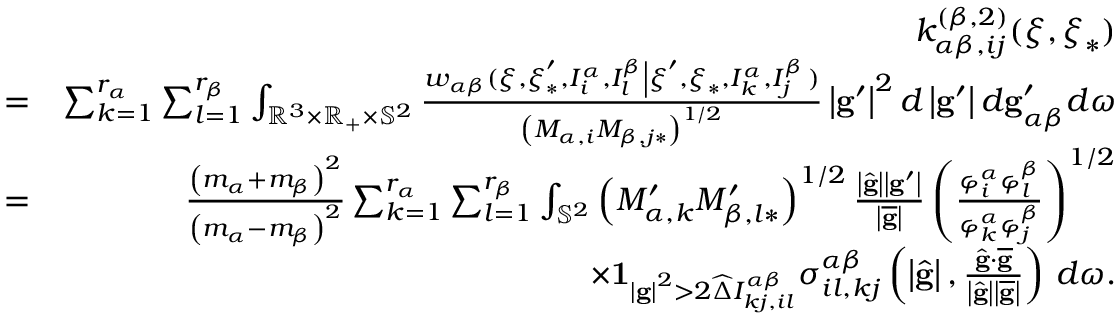
\begin{array} { r l r } & { } & { k _ { \alpha \beta , i j } ^ { \left( \beta , 2 \right) } ( \boldsymbol { \xi } , \boldsymbol { \xi } _ { \ast } ) } \\ & { = } & { \sum _ { k = 1 } ^ { r _ { \alpha } } \sum _ { l = 1 } ^ { r _ { \beta } } \int _ { \mathbb { R } ^ { 3 } \times \mathbb { R } _ { + } \times \mathbb { S } ^ { 2 } } \frac { w _ { \alpha \beta } ( \boldsymbol { \xi } , \boldsymbol { \xi } _ { \ast } ^ { \prime } , I _ { i } ^ { \alpha } , I _ { l } ^ { \beta } \left\vert \boldsymbol { \xi } ^ { \prime } , \boldsymbol { \xi } _ { \ast } , I _ { k } ^ { \alpha } , I _ { j } ^ { \beta } \right. ) } { \left( M _ { \alpha , i } M _ { \beta , j \ast } \right) ^ { 1 / 2 } } \left\vert \mathbf { g } ^ { \prime } \right\vert ^ { 2 } d \left\vert \mathbf { g } ^ { \prime } \right\vert d \mathbf { g } _ { \alpha \beta } ^ { \prime } d \boldsymbol { \omega } } \\ & { = } & { \frac { \left( m _ { \alpha } + m _ { \beta } \right) ^ { 2 } } { \left( m _ { \alpha } - m _ { \beta } \right) ^ { 2 } } \sum _ { k = 1 } ^ { r _ { \alpha } } \sum _ { l = 1 } ^ { r _ { \beta } } \int _ { \mathbb { S } ^ { 2 } } \left( M _ { \alpha , k } ^ { \prime } M _ { \beta , l \ast } ^ { \prime } \right) ^ { 1 / 2 } \frac { \left\vert \widehat { \mathbf { g } } \right\vert \left\vert \mathbf { g } ^ { \prime } \right\vert } { \left\vert \overline { { \mathbf { g } } } \right\vert } \left( \frac { \varphi _ { i } ^ { \alpha } \varphi _ { l } ^ { \beta } } { \varphi _ { k } ^ { \alpha } \varphi _ { j } ^ { \beta } } \right) ^ { 1 / 2 } } \\ & { } & { \times \mathbf { 1 } _ { \left\vert \mathbf { g } \right\vert ^ { 2 } > 2 \widehat { \Delta } I _ { k j , i l } ^ { \alpha \beta } } \sigma _ { i l , k j } ^ { \alpha \beta } \left( \left\vert \widehat { \mathbf { g } } \right\vert , \frac { \widehat { \mathbf { g } } \cdot \overline { { \mathbf { g } } } } { \left\vert \widehat { \mathbf { g } } \right\vert \left\vert \overline { { \mathbf { g } } } \right\vert } \right) \, d \boldsymbol { \omega } \mathrm { . } } \end{array}